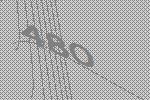
480